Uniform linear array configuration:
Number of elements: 24
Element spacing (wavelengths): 0.75
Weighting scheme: exponential
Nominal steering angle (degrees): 60
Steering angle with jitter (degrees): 59.675
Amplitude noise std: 0.05
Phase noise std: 0.05

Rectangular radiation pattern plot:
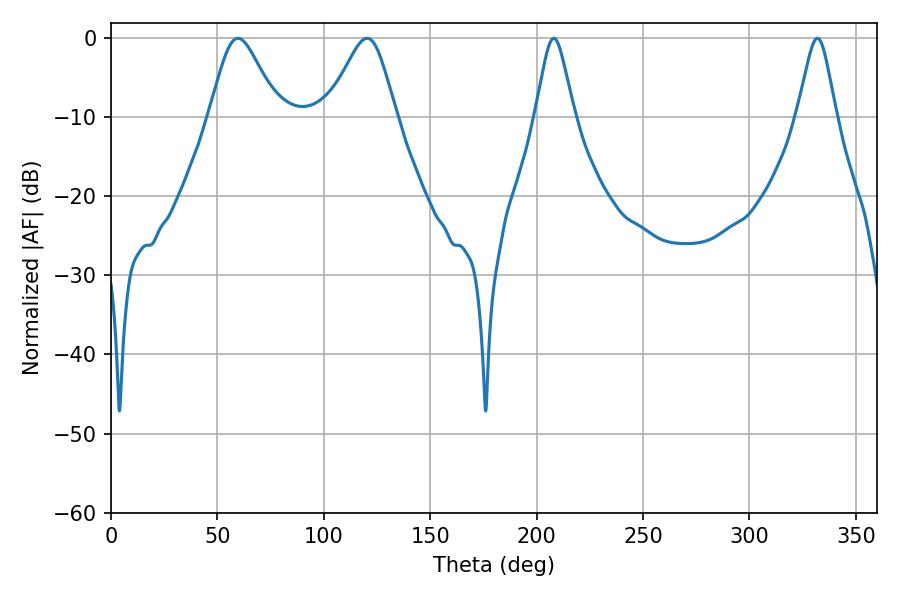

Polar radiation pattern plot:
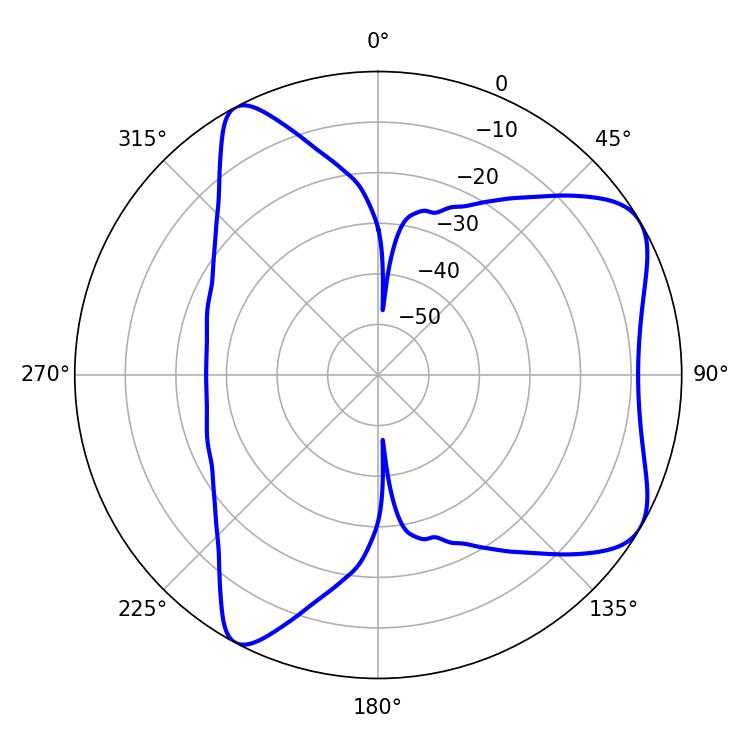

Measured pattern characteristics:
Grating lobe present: TRUE
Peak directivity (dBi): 6.681
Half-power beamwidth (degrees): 8.82
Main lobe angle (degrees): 208.08